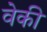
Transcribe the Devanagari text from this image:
वेकी